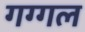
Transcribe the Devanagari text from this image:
गग्‍गल